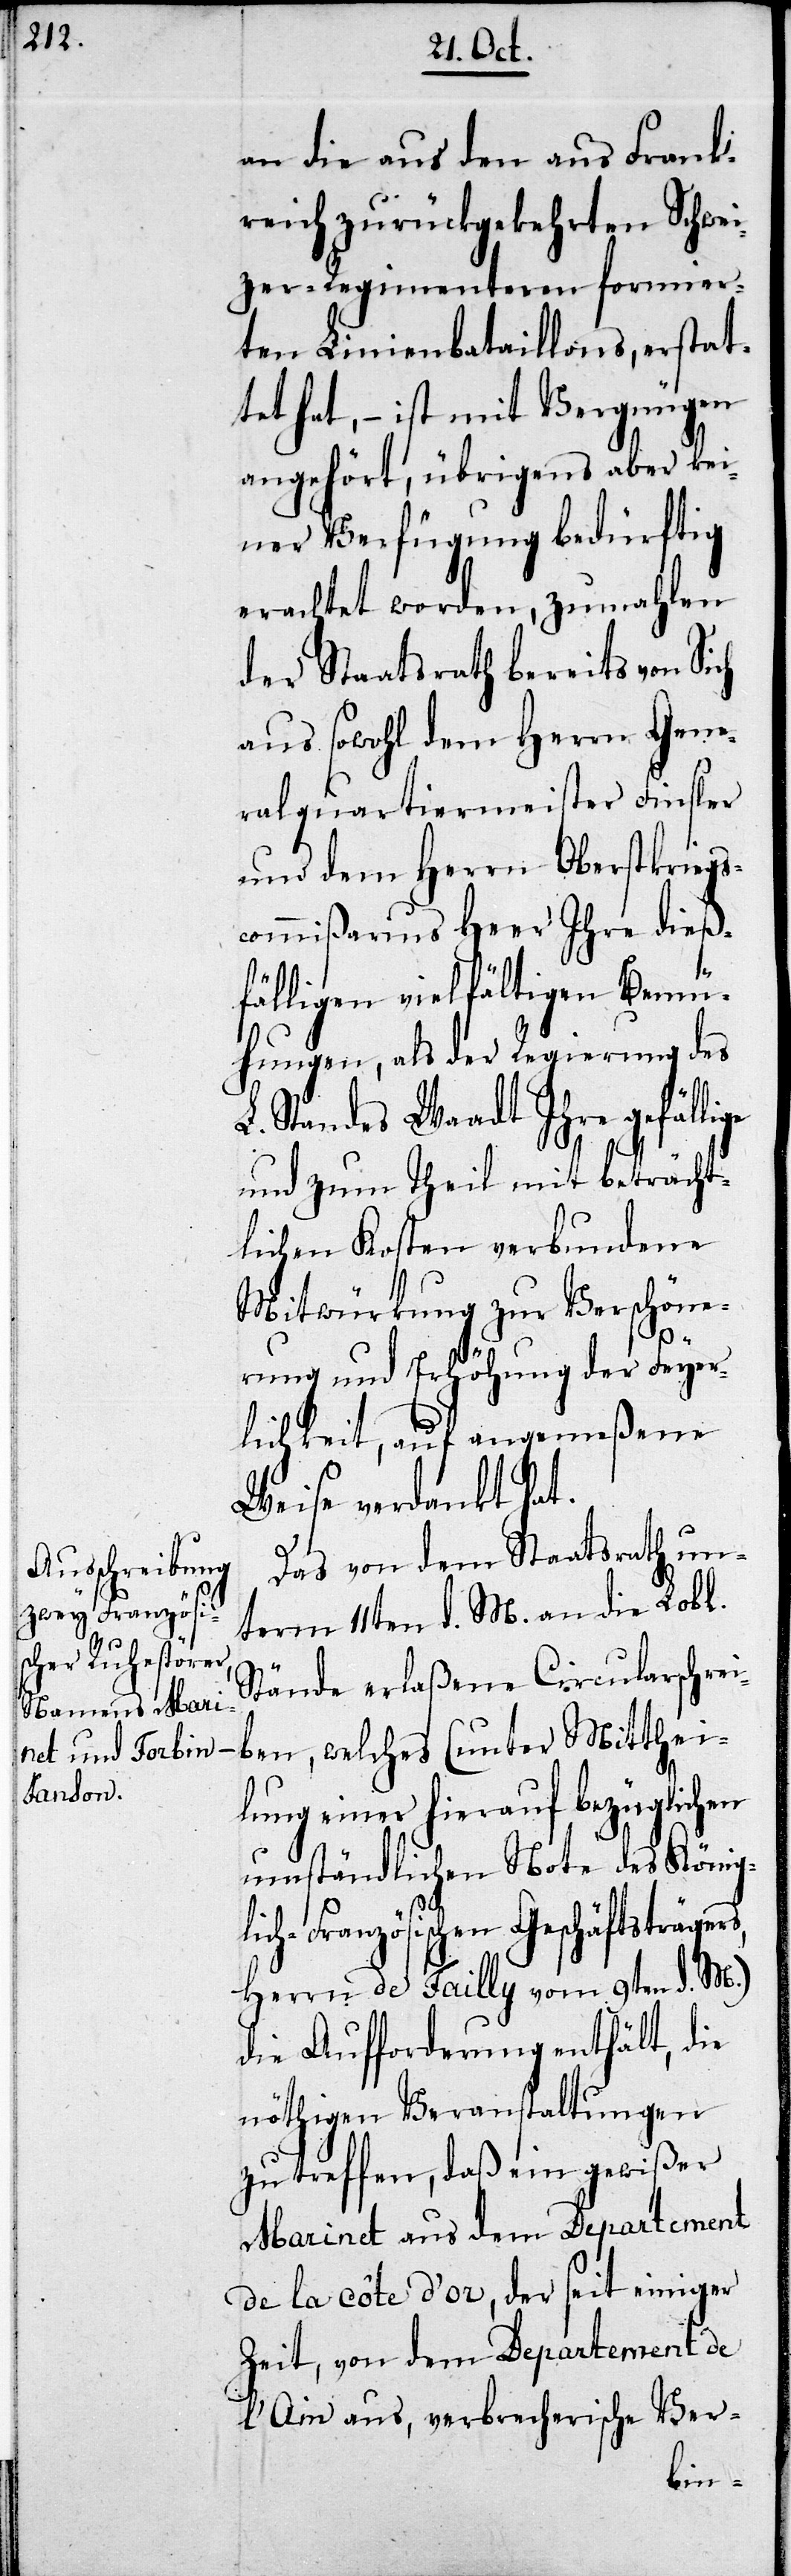
an die aus den aus Frank¬
reich zurückgekehrten Schwei¬
zer-Regimenteren formier¬
ten Linienbataillons, erstat¬
tet hat, – ist mit Vergnügen
angehört, übrigens aber kei¬
ner Verfügung bedürftig
erachtet worden, zumahlen
der Staatsrath bereits von Sich
aus sowohl dem Herrn Gene¬
ralquartiermeister Finsler
und dem Herrn Oberstkrieg¬
ommißarius Heer Ihre dieß¬
fälligen vielfältigen Bemü¬
hungen, als der Regierung des
L. Standes Waadt Ihre gefälli¬
und zum Theil mit beträcht¬
lichen Kosten verbundene
Mitwürkung zur Verschöne¬
s,
rung und Erhöhung der Feyer¬
lichkeit, auf angemeßene
Weise verdankt hat.
Das von dem Staatsrath un¬
term 11ten d. M. an die Lobl.
Stände erlaßene Circularschrei¬
ben, welches (unter Mitthei¬
lung einer hierauf bezüglichen
umständlichen Note des Königl¬
ich-Französischen Geschäftsträger¬
Herrn de Tailly vom 9ten d. M.)
die Aufforderung enthält, die
nöthigen Veranstaltungen
zu treffen, daß ein gewißer
Marinet aus dem Departement
de la Côte d’or, der seit einiger
Zeit, von dem Departement de
l’Ain aus, verbrecherische Ver-